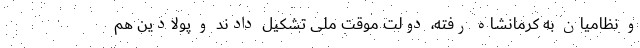
و نظامیان به کرمانشاه رفته، دولت موقت ملی تشکیل دادند و پولادین هم